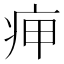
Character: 𤵭